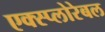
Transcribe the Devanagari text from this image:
एक्स्प्लोरेबल